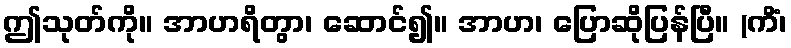
ဤသုတ်ကို။ အာဟရိတွာ၊ ဆောင်၍။ အာဟ၊ ပြောဆိုပြန်ပြီ။ (ကိံ၊